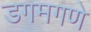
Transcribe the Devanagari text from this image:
डगमगणे